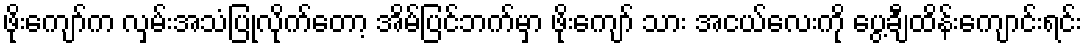
ဖိုးကျော်က လှမ်းအသံပြုလိုက်တော့ အိမ်ပြင်ဘက်မှာ ဖိုးကျော် သား အငယ်လေးကို ပွေ့ချီထိန်းကျောင်းရင်း